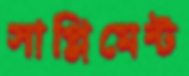
সাপ্লিমেন্ট